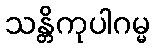
သန္တိကုပါဂမ္မ